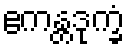
ဧကန္တဒုက္ခံ